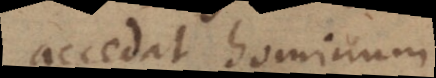
accedat hominum